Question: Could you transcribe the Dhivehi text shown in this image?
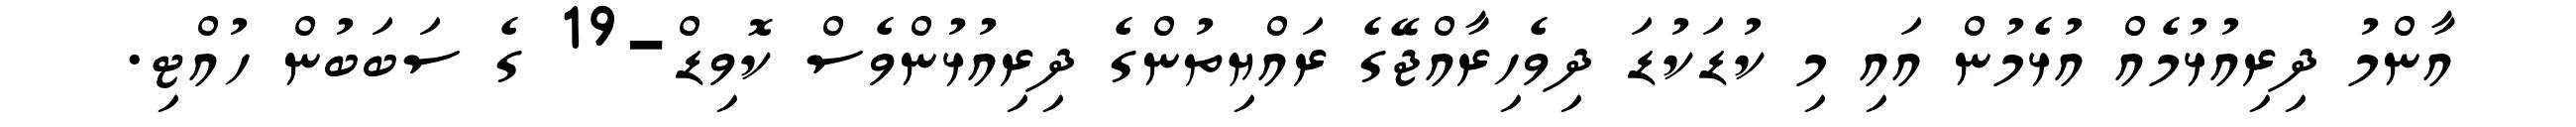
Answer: އާންމު ދިރިއުޅުމެއް އުޅެމުން އައި މި ކުޑަކުޑަ ދިވެހިރާއްޖޭގެ ރައްޔިތުންގެ ދިރިއުޅުންވެސް ކޮވިޑް-19 ގެ ސަބަބުން ހުއްޓި.